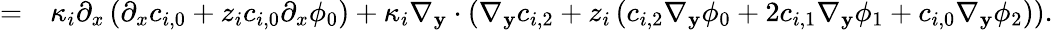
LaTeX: \begin{array}{rl}{=}&{{}\kappa_{i}\partial_{x}\left(\partial_{x}c_{i,0}+z_{i}c_{i,0}\partial_{x}\phi_{0}\right)+\kappa_{i}\nabla_{\mathbf{y}}\cdot\left(\nabla_{\mathbf{y}}c_{i,2}+z_{i}\left(c_{i,2}\nabla_{\mathbf{y}}\phi_{0}+2c_{i,1}\nabla_{\mathbf{y}}\phi_{1}+c_{i,0}\nabla_{\mathbf{y}}\phi_{2}\right)\right).}\end{array}